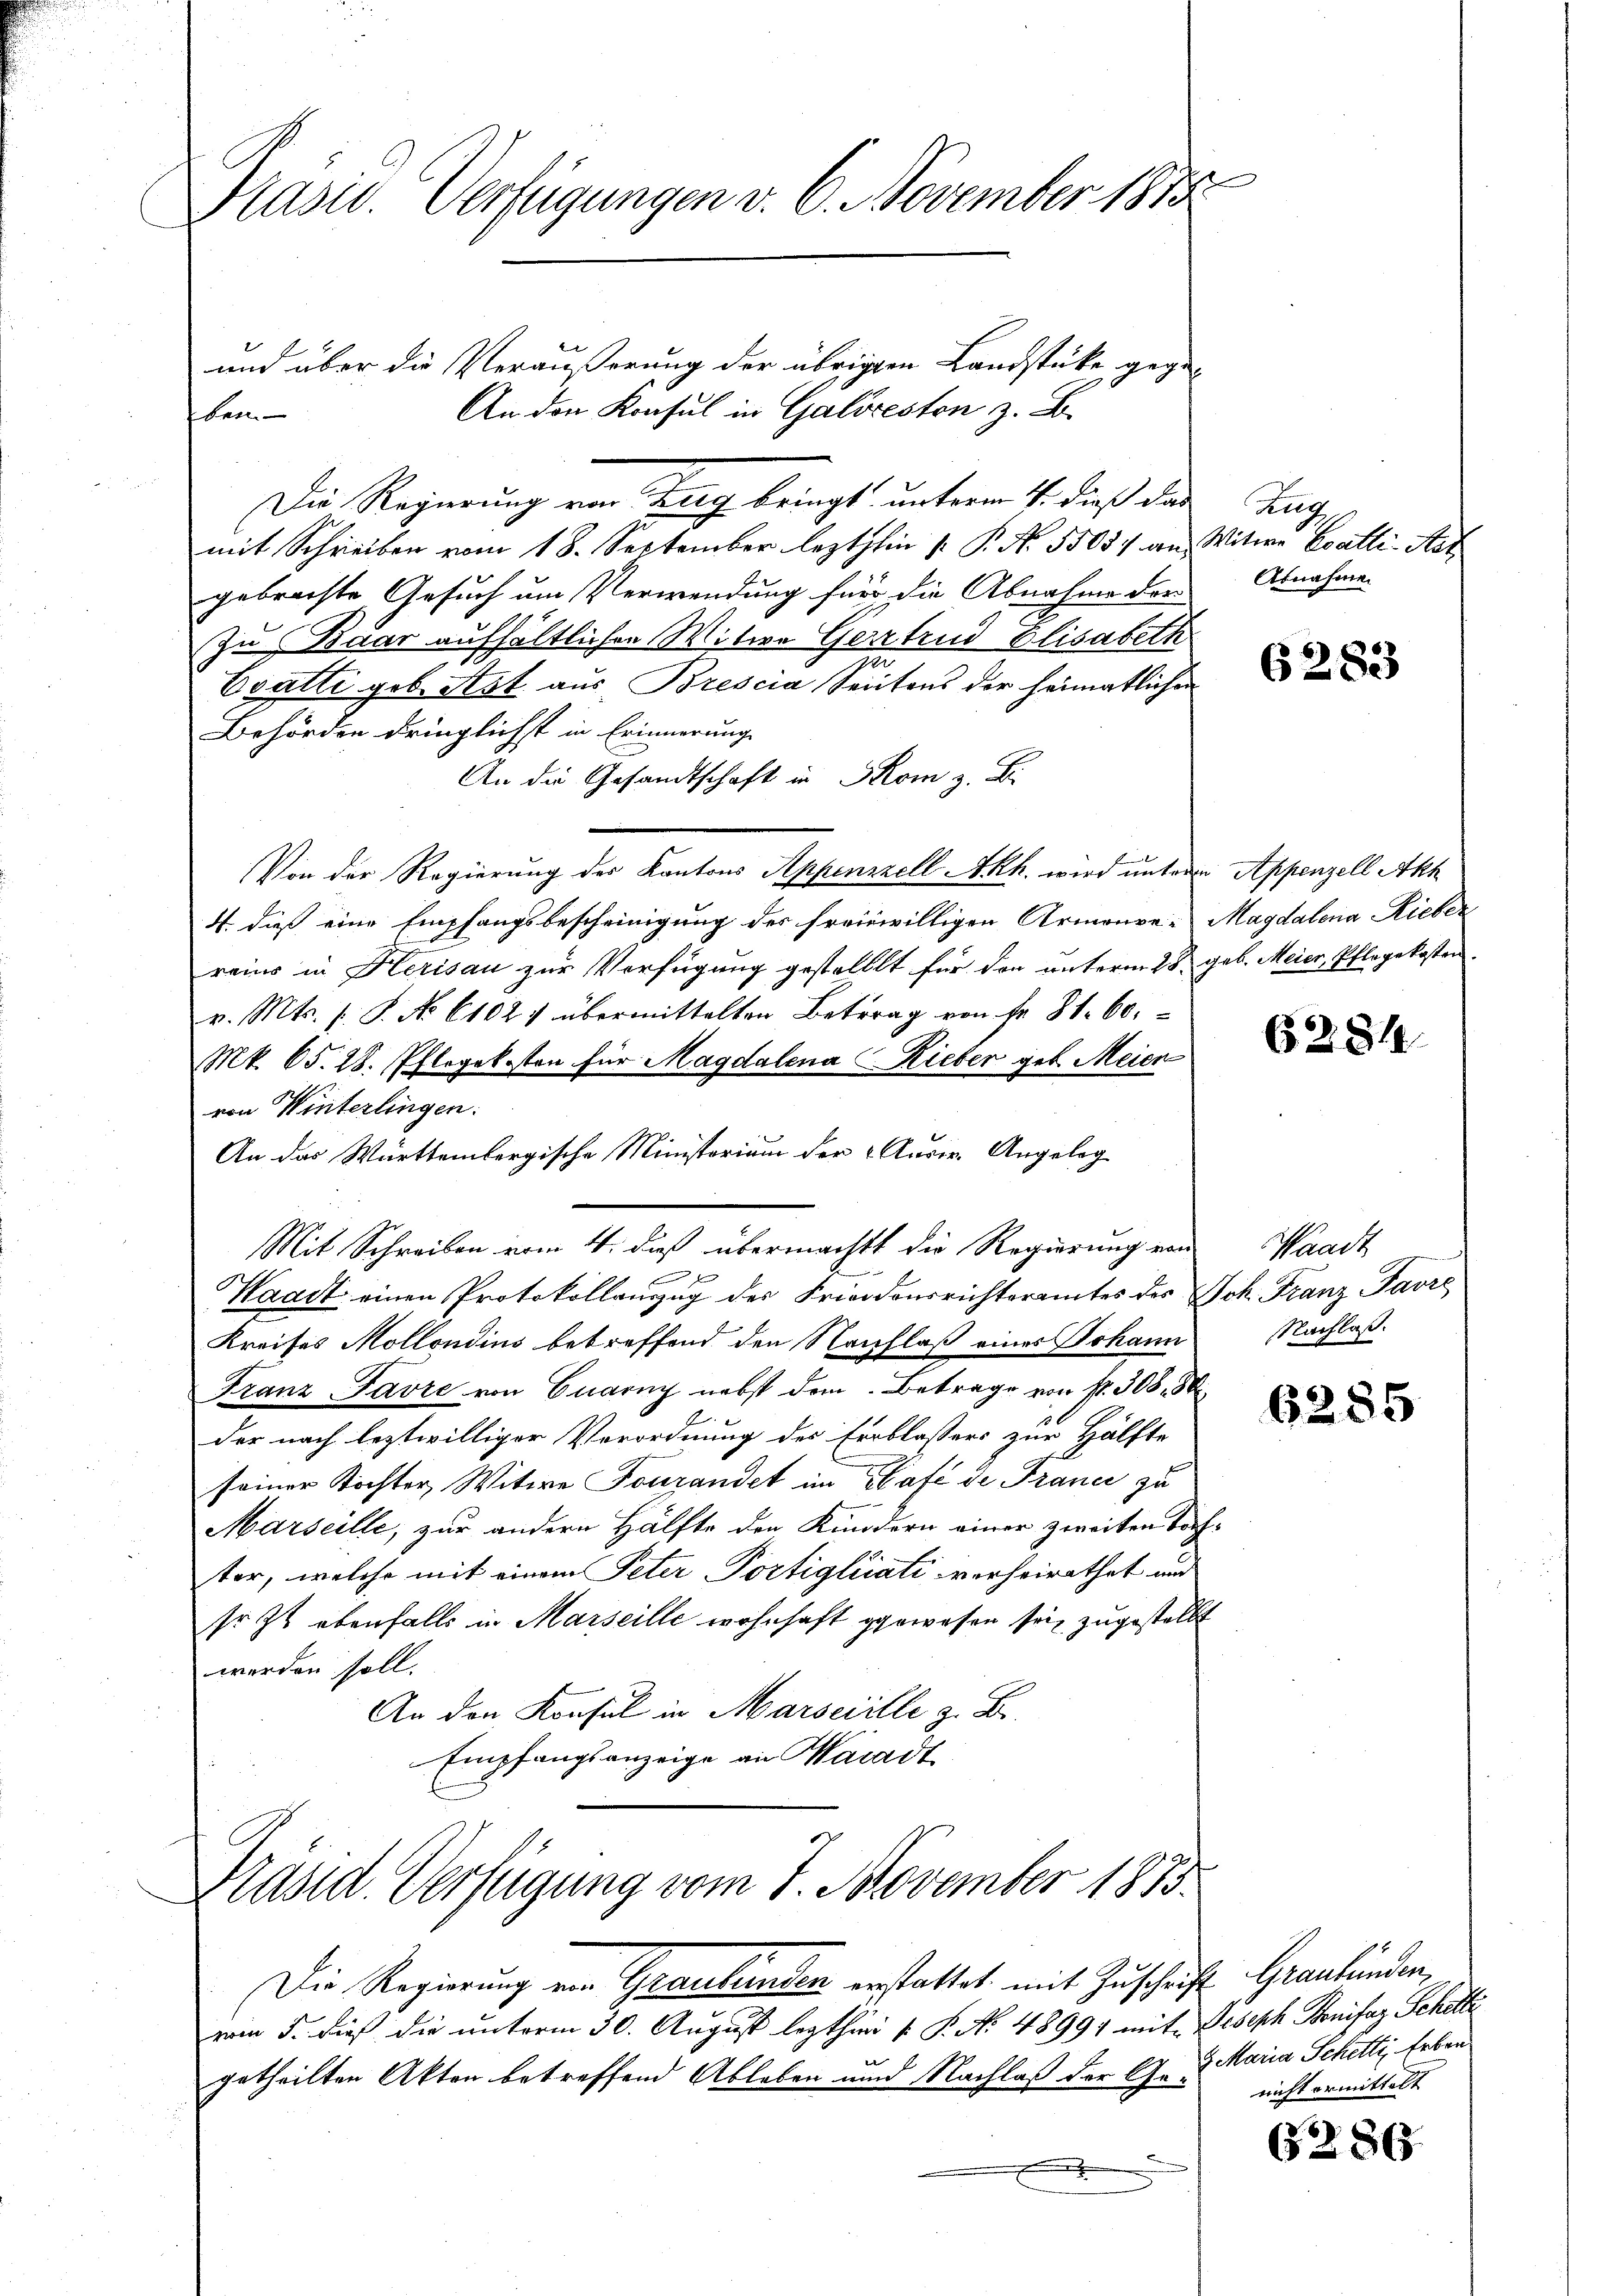
Präsid. Verfügungen v. 6. November 1888

ben.

und über die Veräußerung der übrigten Landstücke gegen
An den Konsul in Galioresten z. B.
Die Regierung von Tag bringt, unterm 4. dieß das
mit Schreiben vom 18. September lezthin 1. P. Nr. 55034 an Witwe Balli-Aat
gebrachte Gesuch um Verwendung für die Abnahme der
Zu Baar aufhältlichen Witwe Gertrud Elisabeth
ger
Eratti geb. Art aus Brescia Seitens der heimatlichen
Behörden dringlichst in Erinnerung
An die Gesandtschaft in Skom z. B.
Von der Regierung der Kantons Appenzell A.Rh. wird unteren Appenzell Akt
4. dieß eine Empfangsbescheinigung des freiwilligen Armenve-Magdalena Rieber
reins in Herisau zur Verfügung gestellt für den unterm 28. geb. Meier, Pflegekosten.
v. Mts. s. S. No 6102) übermittelten Betrag von fr. 81. 60.
Mt. 65. 28. Pflegekosten für Magdalena Hieber geb. Meien
von Winterlingen:
An das Württembergische Ministorium der „Ausir. Angeleg
Mit Schreiben vom 4. daß übermachtt die Regierung von
0x
Waadt einen Protokollauszug der Friedensrichteramtes des Joh. Franz Favre
Kreises Mollondins betreffend den Nachlaß eines Johann
Franz Favre von Quarny nebst dem Betrage von Nr. 308. 58
der nach leztwilliger Verordnung des Erblassers zur Hälfte
seiner Töchter, Witwe Fourandet im Café de Franci zu
Marseille, zur andern Hälfte der Kundern einer zweiten Tochter, welche mit einem Peter Portiglicati verheirathet und
sr. Zt. ebenfalls in Marseille wohnhaft gewesen sei zugestellt
werden soll.
An den Konsul in Marseille z. B.
Empfangsanzeige an Waadt

Präsid. Verfügung vom 7. November 1873.

Die Regierung ein Graubünden erstattet mit Zuschrift Graubünden,
vom 5. dieß die unterm 30. August lezthini P. P. No. 48991 mit Joseph Bonifaz Schilli
getheilten Akten betreffend Ableben und Nachlaß der Ge- nicht ermittelt
e

Zug
Abnahme.

6283

6281

Saale
NNachlaß.

6285

9 Maria Schelli, Erben

2

36